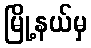
မြို့နယ်မှ